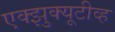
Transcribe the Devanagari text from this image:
एक्झुक्यूटीव्ह